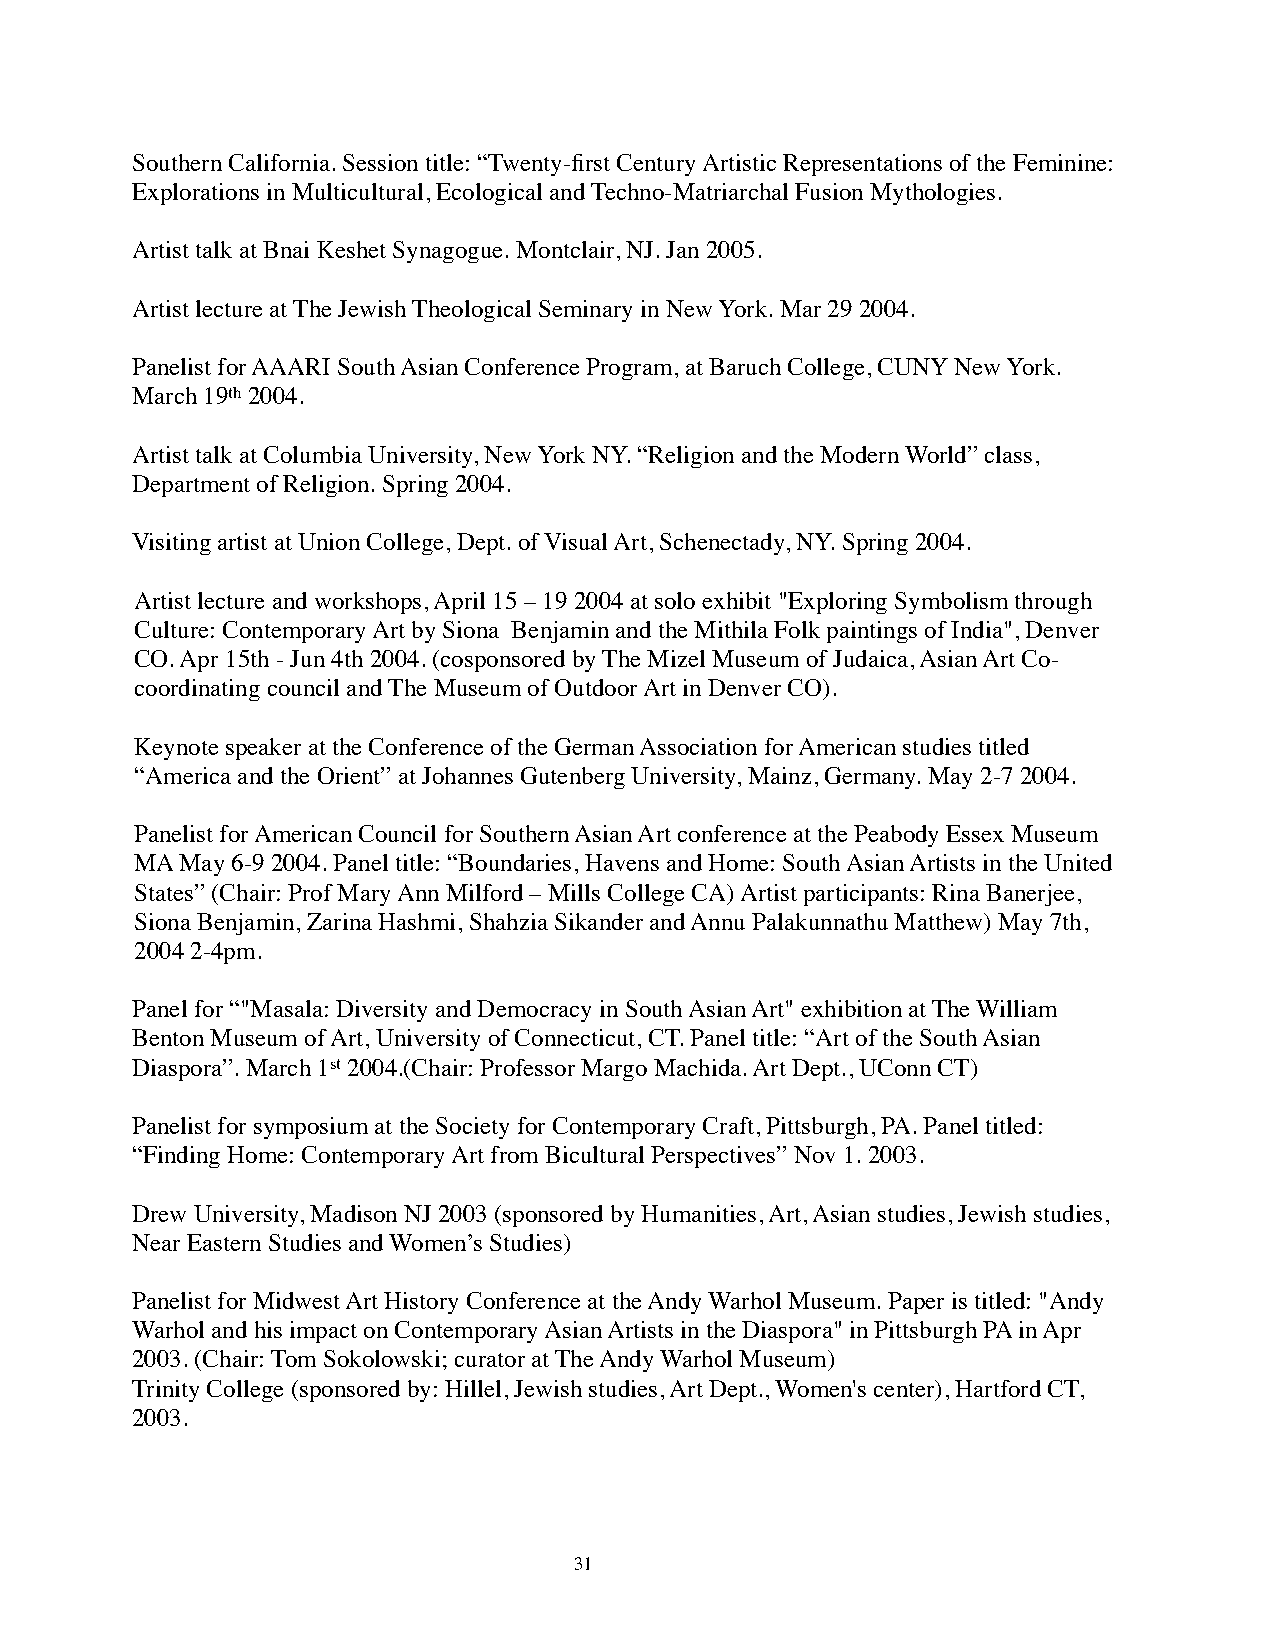
Southern California. Session title: “Twenty-first Century Artistic Representations of the Feminine:
 Explorations in Multicultural, Ecological and Techno-Matriarchal Fusion Mythologies.
 Artist talk at Bnai Keshet Synagogue. Montclair, NJ. Jan 2005.
 Artist lecture at The Jewish Theological Seminary in New York. Mar 29 2004.
 Panelist for AAARI South Asian Conference Program, at Baruch College, CUNY New York.
 March 19th 2004.
 Artist talk at Columbia University, New York NY. “Religion and the Modern World” class,
 Department of Religion. Spring 2004.
 Visiting artist at Union College, Dept. of Visual Art, Schenectady, NY. Spring 2004.
 Artist lecture and workshops, April 15 – 19 2004 at solo exhibit "Exploring Symbolism through
 Culture: Contemporary Art by Siona Benjamin and the Mithila Folk paintings of India", Denver
 CO. Apr 15th - Jun 4th 2004. (cosponsored by The Mizel Museum of Judaica, Asian Art Co-
 coordinating council and The Museum of Outdoor Art in Denver CO).
 Keynote speaker at the Conference of the German Association for American studies titled
 “America and the Orient” at Johannes Gutenberg University, Mainz, Germany. May 2-7 2004.
 Panelist for American Council for Southern Asian Art conference at the Peabody Essex Museum
 MA May 6-9 2004. Panel title: “Boundaries, Havens and Home: South Asian Artists in the United
 States” (Chair: Prof Mary Ann Milford – Mills College CA) Artist participants: Rina Banerjee,
 Siona Benjamin, Zarina Hashmi, Shahzia Sikander and Annu Palakunnathu Matthew) May 7th,
 2004 2-4pm.
 Panel for “"Masala: Diversity and Democracy in South Asian Art" exhibition at The William
 Benton Museum of Art, University of Connecticut, CT. Panel title: “Art of the South Asian
 Diaspora”. March 1st 2004.(Chair: Professor Margo Machida. Art Dept., UConn CT)
 Panelist for symposium at the Society for Contemporary Craft, Pittsburgh, PA. Panel titled:
 “Finding Home: Contemporary Art from Bicultural Perspectives” Nov 1. 2003.
 Drew University, Madison NJ 2003 (sponsored by Humanities, Art, Asian studies, Jewish studies,
 Near Eastern Studies and Women’s Studies)
 Panelist for Midwest Art History Conference at the Andy Warhol Museum. Paper is titled: "Andy
 Warhol and his impact on Contemporary Asian Artists in the Diaspora" in Pittsburgh PA in Apr
 2003. (Chair: Tom Sokolowski; curator at The Andy Warhol Museum)
 Trinity College (sponsored by: Hillel, Jewish studies, Art Dept., Women's center), Hartford CT,
 2003.
 31